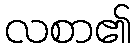
လစာ၏